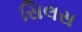
સિલસ